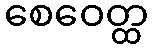
စေဝေတ္ထ